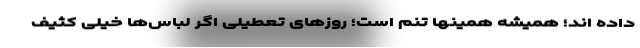
داده اند؛ همیشه همینها تنم است؛ روزهای تعطیلی اگر لباس‌ها خیلی کثیف